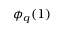
\phi _ { q } ( 1 )